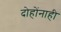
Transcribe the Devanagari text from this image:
दोहोंनाही